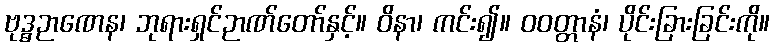
ဗုဒ္ဓဉာဏေန၊ ဘုရားရှင်ဉာဏ်တော်နှင့်။ ဝိနာ၊ ကင်း၍။ ဝဝတ္တာနံ၊ ပိုင်းခြားခြင်းကို။